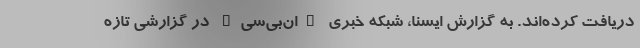
دریافت کرده‌اند. به گزارش ایسنا، شبکه خبری "ان‌بی‌سی" در گزارشی تازه